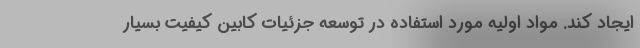
ایجاد کند. مواد اولیه مورد استفاده در توسعه جزئیات کابین کیفیت بسیار